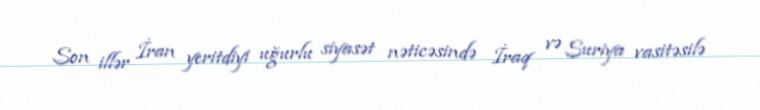
Son illər İran yeritdiyi uğurlu siyasət nəticəsində İraq və Suriya vasitəsilə